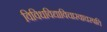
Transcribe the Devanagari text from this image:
विविधविद्याविचारवाचस्पति